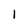
Character: 1